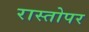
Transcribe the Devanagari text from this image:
रास्तोपर